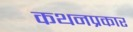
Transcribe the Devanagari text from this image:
कथनप्रकार